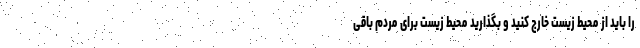
را باید از محیط زیست خارج کنید و بگذارید محیط زیست برای مردم باقی